Vaccination report Assam 1874-1896 - 1874-1896
Year: 1874
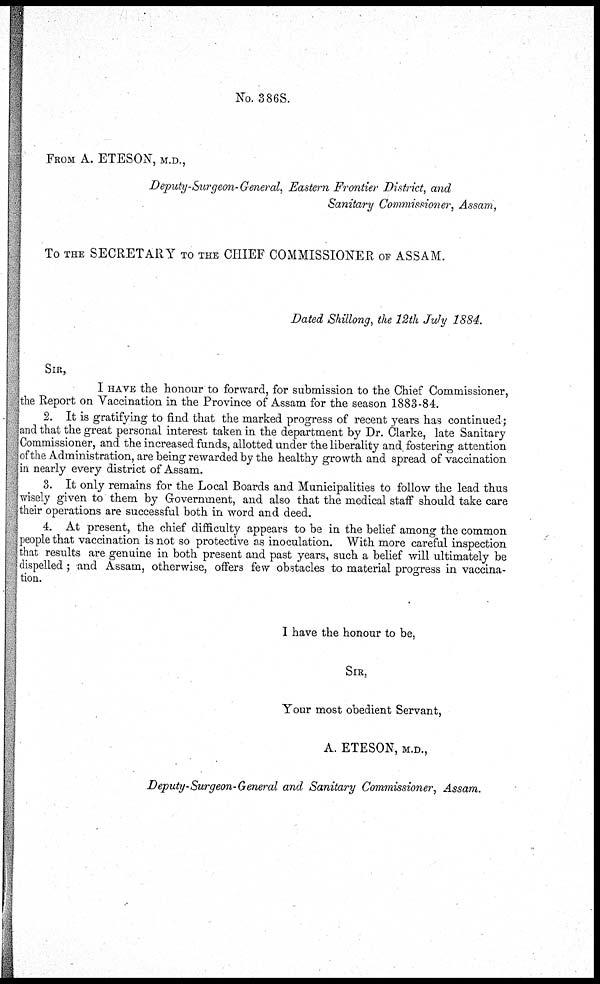
No. 3868.
FROM A. ETESON, M.D.,
Deputy-Surgeon-General, Eastern Frontier District, and
Sanitary Commissioner, Assam,
To THE SECRETARY TO THE CHIEF COMMISSIONER OF ASSAM.
Dated Shillong, the 12th July 1884.
SIR,
I HAVE the honour to forward, for submission to the Chief Commissioner,
the Report on Vaccination in the Province of Assam for the season 1883-84.
2. It is gratifying to find that the marked progress of recent years has continued;
and that the great personal interest taken in the department by Dr. Clarke, late Sanitary
Commissioner, and the increased funds, allotted under the liberality and, fostering attention
of the Administration, are being rewarded by the healthy growth and spread of vaccination
in nearly every district of Assam.
3. It only remains for the Local Boards and Municipalities to follow the lead thus
wisely given to them by Government, and also that the medical staff should take care
their operations are successful both in word and deed.
4. At present, the chief difficulty appears to be in the belief among the common
people that vaccination is not so protective as inoculation. With more careful inspection
that results are genuine in both present and past years, such a belief will ultimately be
dispelled; and Assam, otherwise, offers few obstacles to material progress in vaccina-
tion.
I have the honour to be,
SIR,
Your most obedient Servant,
A. ETESON, M.D.,
Deputy-Surgeon-General and Sanitary Commissioner, Assam.